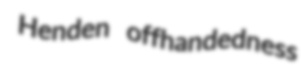
Henden offhandedness